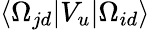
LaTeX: \langle\Omega_{jd}|V_{u}|\Omega_{id}\rangle